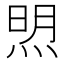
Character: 𬊚